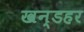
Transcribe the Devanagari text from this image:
खन्डहर